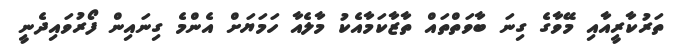
ތަރުކާރީއާއި މޭވާގެ ގިނަ ބާވަތްތައް ތާޒާކަމާއެކު މާލެއާ ހަމަޔަށް އެންމެ ގިނައިން ފޯރުވައިދެނީ